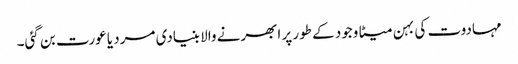
مہادوت کی بہن میٹا وجود کے طور پر ابھرنے والا بنیادی مرد یا عورت بن گئی۔